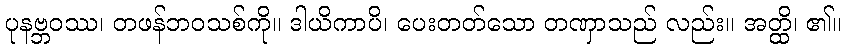
ပုနဗ္ဘဝဿ၊ တဖန်ဘဝသစ်ကို။ ဒါယိကာပိ၊ ပေးတတ်သော တဏှာသည် လည်း။ အတ္ထိ၊ ၏။